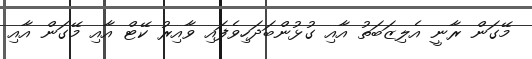
މޭގަން ރާނީ އެލިޒަބަތު އާއި ގުޅުންބަދަހިވެފައި ވާއިރު ކޭޓް އާއި މޭގަން އާއި